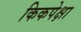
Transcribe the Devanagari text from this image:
किकपेक्षा